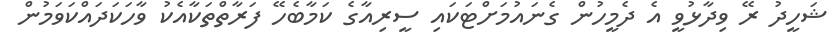
ޝަހީދު ރޭ ވިދާޅުވީ އެ ދެމީހުން ގެނައުމަށްޓަކައި ސީރިއާގެ ކަމާބެހޭ ފަރާތްތަކާއެކު ވާހަކަދައްކަވަމުން